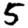
Digit: 5